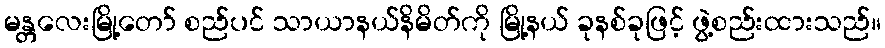
မန္တလေးမြို့တော် စည်ပင် သာယာနယ်နိမိတ်ကို မြို့နယ် ခုနစ်ခုဖြင့် ဖွဲ့စည်းထားသည်။